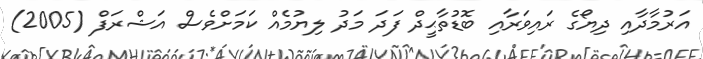
އަރުމާދާއި ދިޔޯގެ ރައިވަރާއި ބޮޑުތާޙީދް ފަދަ މަދު ލިޔުމެއް ކަމަށްވެސް އަޝްރަފް (2005)